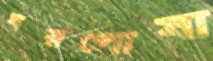
ঘরপোষা